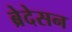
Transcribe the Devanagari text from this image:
ब्रेदेसन